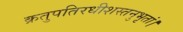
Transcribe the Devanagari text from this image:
क्रतुपतिरधीशस्तनुभृतां।